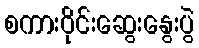
စကားဝိုင်းဆွေးနွေးပွဲ